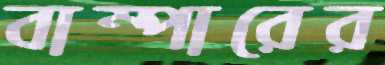
বাম্পারের